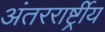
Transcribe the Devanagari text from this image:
अंतररार्ष्ट्रीय